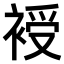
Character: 𧚯